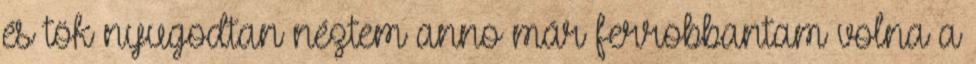
és tök nyugodtan néztem anno már ferrobbantam volna a